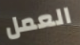
العمل